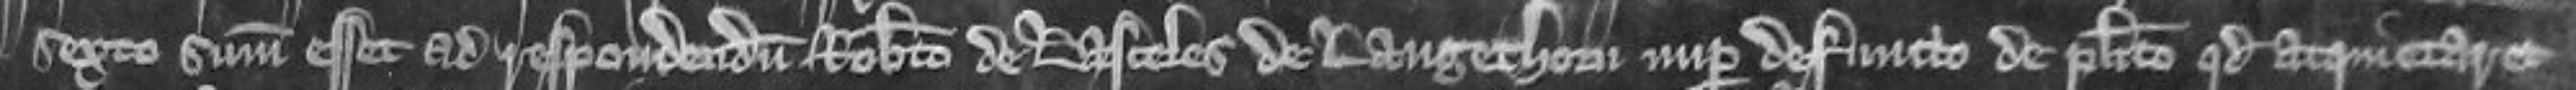
sexto summonitus esset ad respondendum Roberto de Lasceles de Langethorn nuper defuncto de placito quod acquietaret